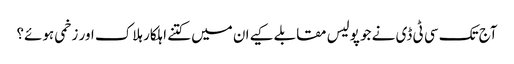
آج تک سی ٹی ڈی نے جو پولیس مقابلے کیےان میں کتنے اہلکار ہلاک اور زخمی ہوئے؟